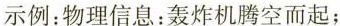
示例：物理信息：轰炸机腾空而起；